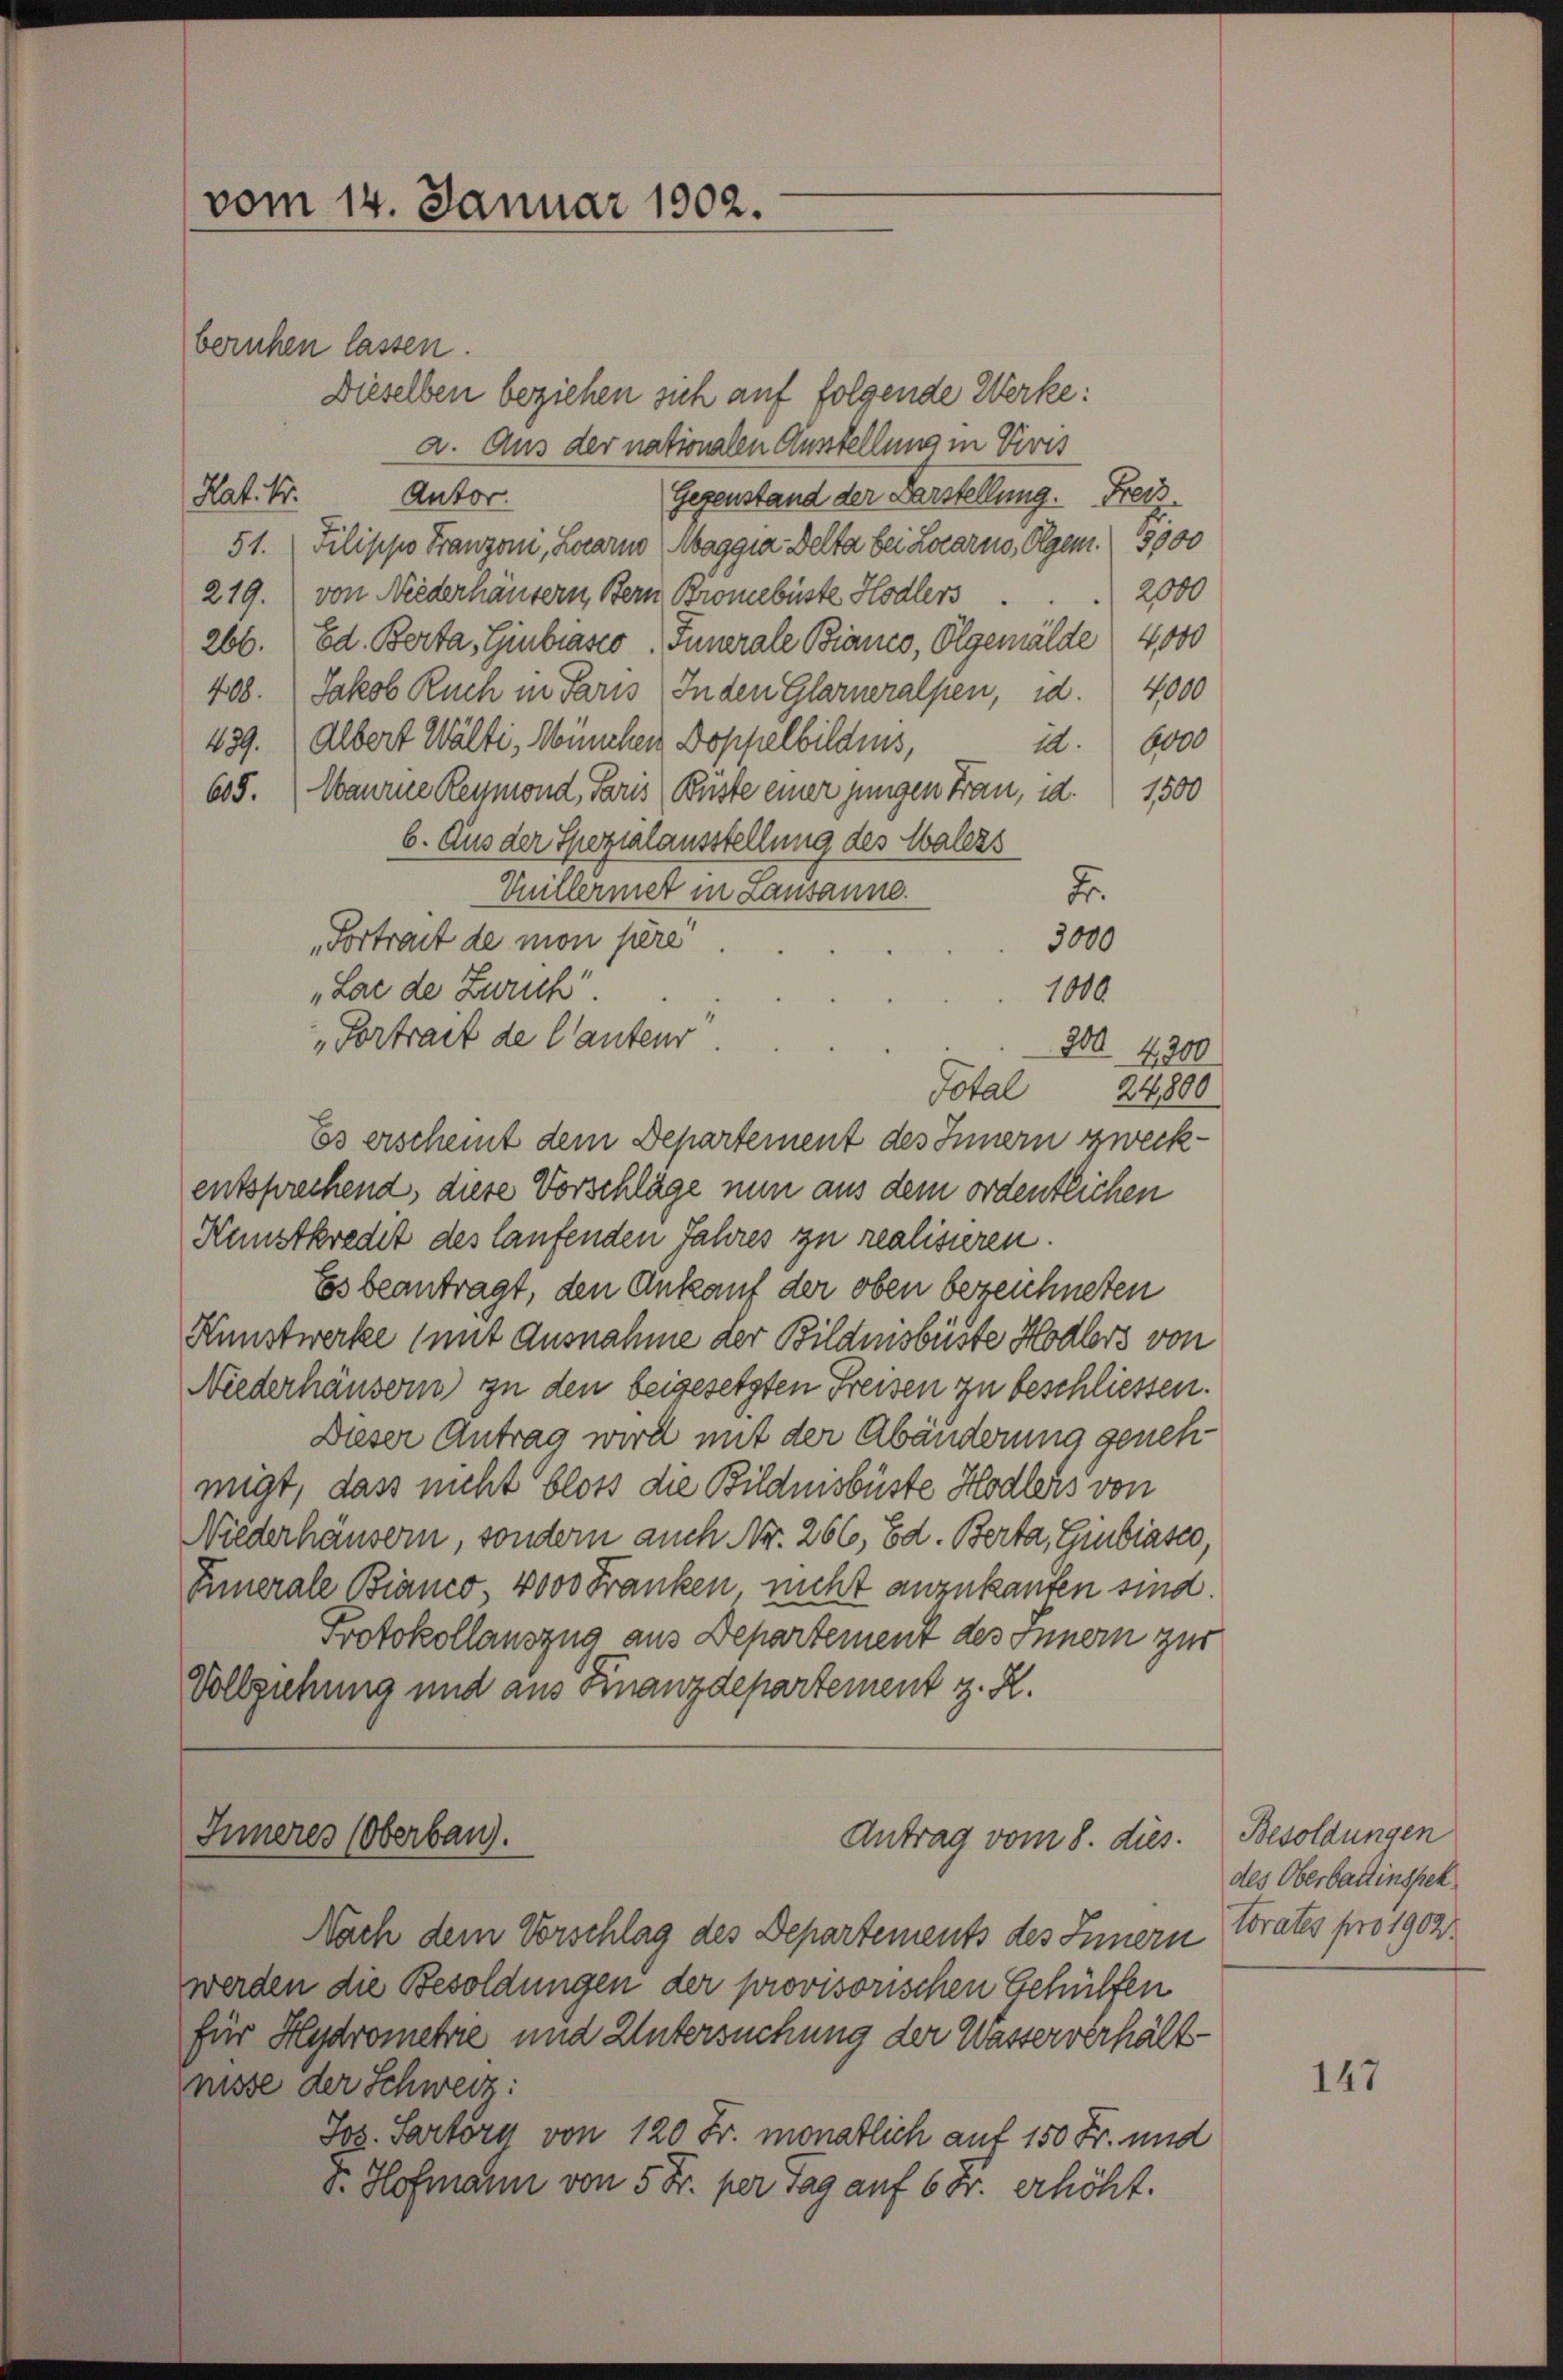
vom 14. Januar 1902.
beruhen lassen.
Dieselben beziehen sich auf folgende Werke:

a. Aus der nationalen Ausstellung in Vivis
Hat. Dr. Antor.
Gegenstand der Darstellung. Freis
51. Filippo Franzon, Locarno Maggia Delta bei Locarno, Olgem. 3900
2000
219. von Niederhäusern, Bern Bromebüste Hodlers
266. Ed. Berta, Giubiasco, Funerale Bianco, Olgemälde 4000
408. Jakob Ruch in Paris. In den Glarneralpen, d. 4000
439. (Albert Wälti, München Doppelbildens,
id. 6000
605. (Waurne Reymond, Paris (Büste einer jungen Frau, d. 1500
6. Aus der Spezialausstellung des Malers
F
Vuillermet in Lausanne.
3000
„Portrait de mon père
„Lac de Zürich.
1010
„Vortrait de Cauteur
200
4200
Total
24800
Es erscheint dem Departement des Innern zweckentsprechend, diese Vorschläge nun aus dem ordentlichen
Kunstkredit des laufenden Jahres zu realisieren.
Ess beantragt, den Ankauf der oben bezeichneten
Kunstwerke (mit Ausnahme der Bildnisbüste Hodlers von
Niederhäusern zu den beigesetzten Freisen zu beschliessen.
Dieser Antrag wird mit der Abänderung genehmigt, dass nicht bloss die Bildmsbüste Hodlers von
Niederhäusern, sondern auch Nr. 266, Ed. Berta, Giubiasco,
Innerale Bianco 4000 Franken nicht anzukanten sind.
Protokollauszug aus Departement des Innern zur
Vollziehung und aus Finanzdepartement z. R.

Inneres (Oberbau.
Antrag vom 8. dies.

Nach dem Vorschlag des Departements des Innern
werden die Besoldungen der provisorischen Gehülfen
für Hydrometrie und Untersuchung der Wasserverhältnisse der Schweiz:
Jos. Sartörn von 120 Fr. monatlich auf 150 Fr. und
d. Hofmann von 5 Fr. per Tag auf 6 Fr. erhöht.

Besoldungen
des Oberbattinspek
torates pro 1902.

147